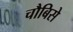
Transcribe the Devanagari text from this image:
चौबिसे